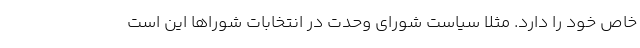
خاص خود را دارد. مثلا سیاست شورای وحدت در انتخابات شوراها این است